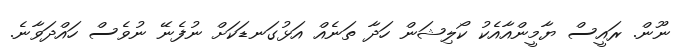
ނޫން. ރައީސް ޔާމީންއާއެކު ކޯލިޝަން ހަދާ ތަނެއް އަޅުގަނޑަކަށް ނުފެނޭ ނުވެސް ހައްދަވާނެ.